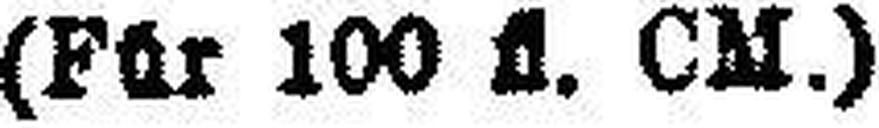
(Für 100 fl. CM.)